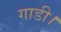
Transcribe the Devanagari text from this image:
गाडी।